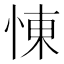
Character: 𢛔